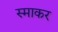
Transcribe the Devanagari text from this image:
स्‍माकर